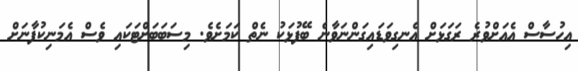
އިހުސާސް އެއަށްވުރެ ރަގަޅަށް އެނގިވަޑައިގަންނަވާނެ ބޭފުޅަކު ނެތް ކަމަށެވެ. މިސަބަބަށްޓަކައި ވެސް އެމަނިކުފާނަށް